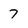
Character: 7